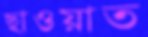
ছাওয়াত